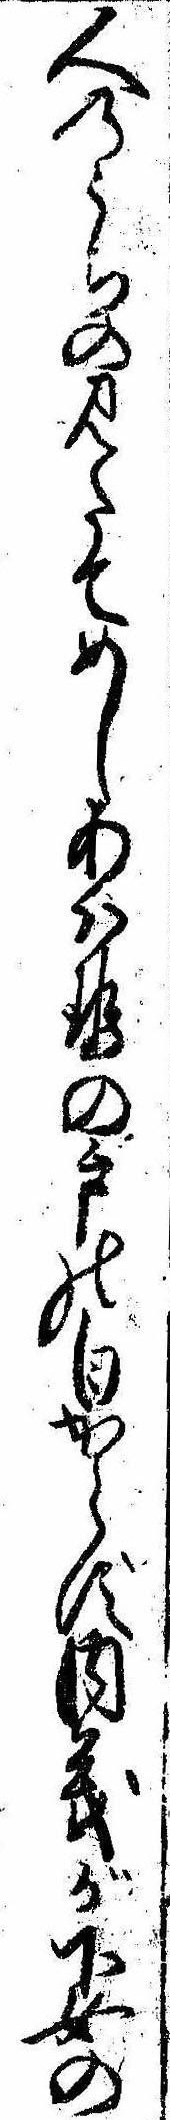
人のうちの見たてめしあはせの戸の白からず内義が下女の